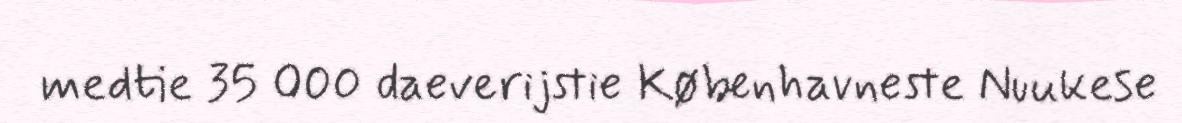
medtie 35 000 daeverijstie Københavneste Nuukese